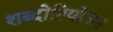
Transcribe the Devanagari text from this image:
शब्दोनियोजन